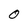
Character: 0